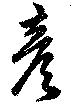
彦